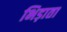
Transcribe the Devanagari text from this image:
भिड़ाता